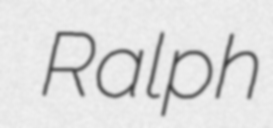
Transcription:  Ralph